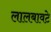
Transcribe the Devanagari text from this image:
लालबावटे